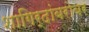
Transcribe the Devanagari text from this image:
शागिर्दांबरोबर